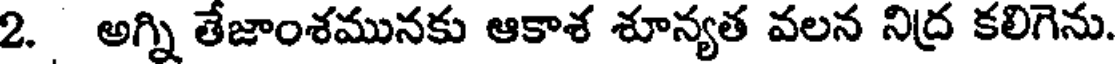
2. అగ్ని తేజాంశమునకు ఆకాశ శూన్యత వలన నిద్ర కలిగెను.